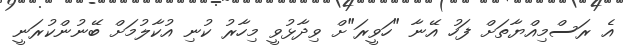
އެ ރަސްމިއްޔާތަށް ފަހު އޭނާ "ހަވީރަ"ށް ވިދާޅުވީ މިހާރު ކުނި އުކާލުމަށް ބޭނުންކުރަނީ